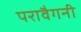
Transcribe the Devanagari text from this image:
परावैगनी